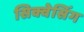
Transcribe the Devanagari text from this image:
सिक्वेसिंग